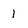
Character: 1